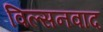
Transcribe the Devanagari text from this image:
विल्सनवाद